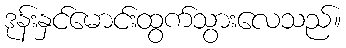
ဒုန်းနှင်မောင်းထွက်သွားလေသည်။